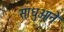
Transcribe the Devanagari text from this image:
साधुओने